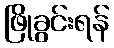
ဖြိုခွင်းရန်